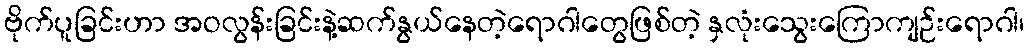
ဗိုက်ပူခြင်းဟာ အဝလွန်းခြင်းနဲ့ဆက်နွယ်နေတဲ့ရောဂါတွေဖြစ်တဲ့ နှလုံးသွေးကြောကျဉ်းရောဂါ၊